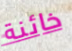
خائنة